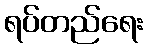
ရပ်တည်ရေး